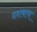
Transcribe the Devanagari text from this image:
दशबाप